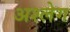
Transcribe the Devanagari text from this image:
अश्लेग